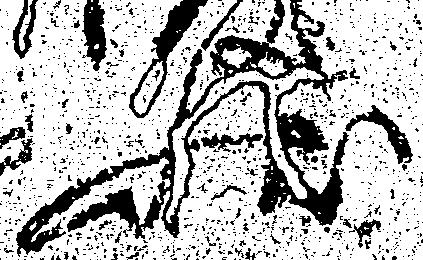
状